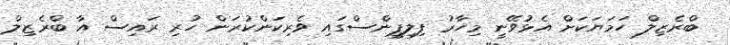
ބްރެޒިލް ހަމަޔަކަށް އެޅުވޭނީ މިހާރު ފިލިޕީންސްގައި ވެރިކަންކުރަން ހުރި ރައިސް އާ ބްރެޒިލް